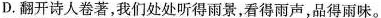
D.翻开诗人卷著，我们处处听得雨景，看得雨声，品得雨味。